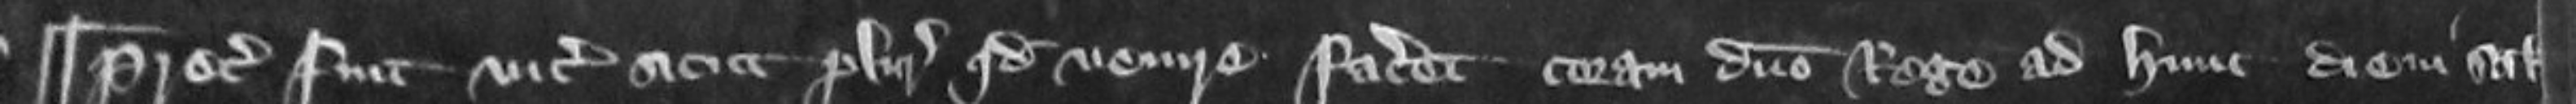
¶ Preceptum fuit vicecomiti sicut pluries quod venire faceret coram domino Rege ad hunc diem scilicet